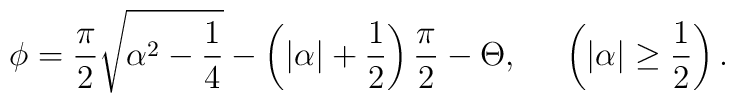
\phi = \frac{\pi}{2} \sqrt{ \alpha^{2} - \frac{1}{4} } - \left(|\alpha| + \frac{1}{2} \right) \frac{\pi}{2} - \Theta, \;\;\;\;\;\left( |\alpha| \geq \frac{1}{2} \right).